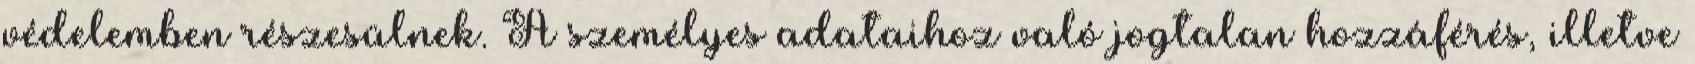
védelemben részesülnek. A személyes adataihoz való jogtalan hozzáférés, illetve